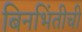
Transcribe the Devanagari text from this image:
बिनभिंतीची